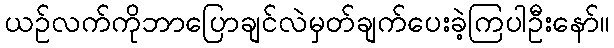
ယဉ်လက်ကိုဘာပြောချင်လဲမှတ်ချက်ပေးခဲ့ကြပါဦးနော်။